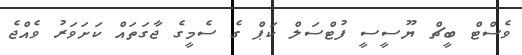
ވެސްޓް ބީޗް ޔޫސީސީ ފުޓްސަލް ކަޕް ގެ ސެމީގެ ޖާގަތައް ކަށަވަރު ވެއްޖެ